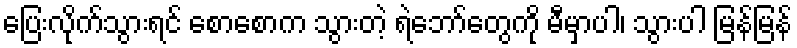
ပြေးလိုက်သွားရင် စောစောက သွားတဲ့ ရဲဘော်တွေကို မီမှာပါ၊ သွားပါ မြန်မြန်